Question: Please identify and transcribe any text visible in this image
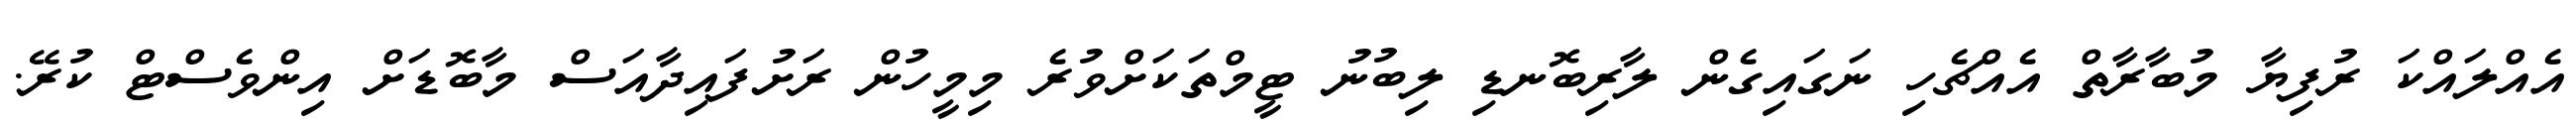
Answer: އެއްލައްކަ ރުފިޔާ މުބާރާތް އެއްޗެހި ނަގައިގެން ލާރިބޮނޑި ލިބުނު ޓީމްތަކަށްވުރެ މިމީހުން ރަށުފައިދާއަސް މާބޮޑަށް އިންވެސްޓް ކުރޭ.